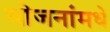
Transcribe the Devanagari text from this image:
योजनांमधे